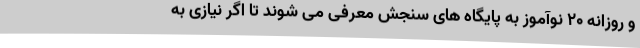
و روزانه 20 نوآموز به پایگاه های سنجش معرفی می شوند تا اگر نیازی به